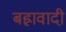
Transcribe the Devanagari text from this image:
बह्रावादी